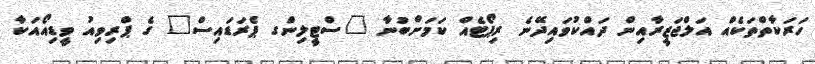
ހަރަކާތްތަކެއް އަލްޖަޒީރާއިން ދައްކުވައިދޭނެ ރިޕޯޓެއް ކަމަށްބުނާ "ސްޓީލިންގ ޕެރަޑައިސް" ގެ ޕްރިވިއު ވީޑިއޯއަކާ